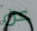
عن